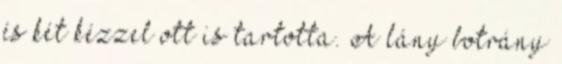
és két kézzel ott is tartotta. A lány botrány